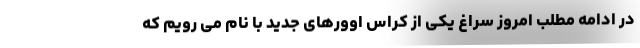
در ادامه مطلب امروز سراغ یکی از کراس اوورهای جدید با نام می رویم که